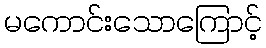
မကောင်းသောကြောင့်